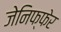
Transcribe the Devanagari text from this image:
जेनिफ्फेर